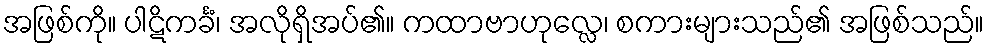
အဖြစ်ကို။ ပါဋိကင်္ခံ၊ အလိုရှိအပ်၏။ ကထာဗာဟုလ္လေ၊ စကားများသည်၏ အဖြစ်သည်။